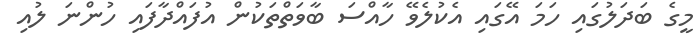
މީގެ ބަދަލުގައި ހަމަ އޭގައި އެކުލެވޭ ހާއްސަ ބާވަތްތަކުން އުފައްދާފައި ހުންނަ ލުއި